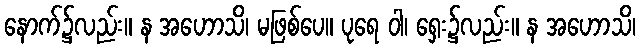
နောက်၌လည်း။ န အဟောသိ၊ မဖြစ်ပေ။ ပုရေ ဝါ၊ ရှေး၌လည်း။ န အဟောသိ၊